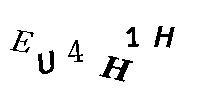
EU4H1H